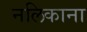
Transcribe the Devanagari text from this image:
नलिकाना